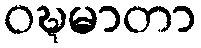
ဝဍ္ဎမာတာ